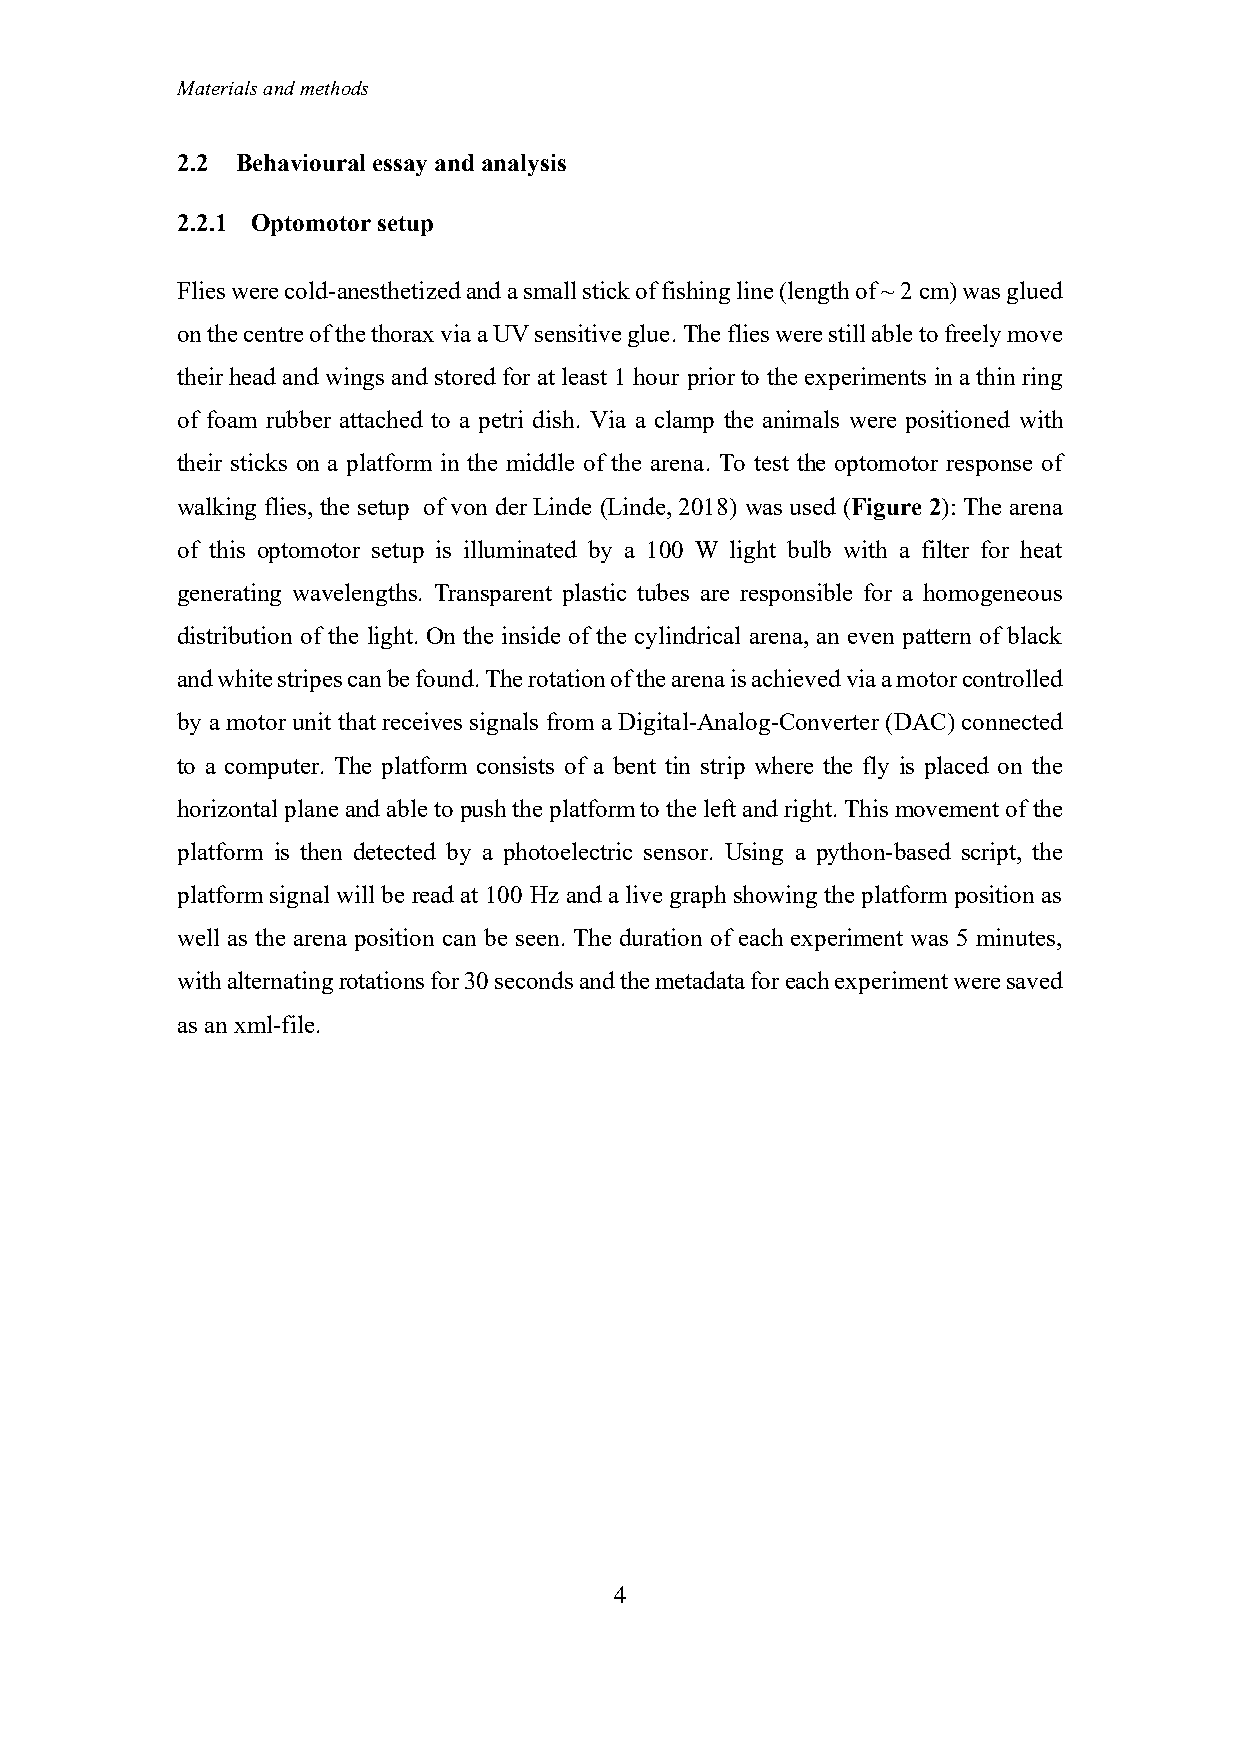
Materials and methods
 2.2 Behavioural essay and analysis
 2.2.1 Optomotor setup
 Flies were cold-anesthetized and a small stick of fishing line (length of ~ 2 cm) was glued
 on the centre of the thorax via a UV sensitive glue. The flies were still able to freely move
 their head and wings and stored for at least 1 hour prior to the experiments in a thin ring
 of foam rubber attached to a petri dish. Via a clamp the animals were positioned with
 their sticks on a platform in the middle of the arena. To test the optomotor response of
 walking flies, the setup of von der Linde (Linde, 2018) was used (Figure 2): The arena
 of this optomotor setup is illuminated by a 100 W light bulb with a filter for heat
 generating wavelengths. Transparent plastic tubes are responsible for a homogeneous
 distribution of the light. On the inside of the cylindrical arena, an even pattern of black
 and white stripes can be found. The rotation of the arena is achieved via a motor controlled
 by a motor unit that receives signals from a Digital-Analog-Converter (DAC) connected
 to a computer. The platform consists of a bent tin strip where the fly is placed on the
 horizontal plane and able to push the platform to the left and right. This movement of the
 platform is then detected by a photoelectric sensor. Using a python-based script, the
 platform signal will be read at 100 Hz and a live graph showing the platform position as
 well as the arena position can be seen. The duration of each experiment was 5 minutes,
 with alternating rotations for 30 seconds and the metadata for each experiment were saved
 as an xml-file.
 4